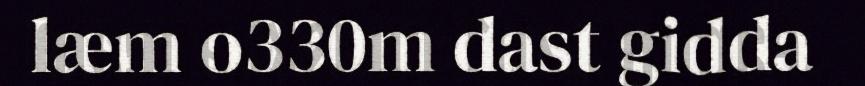
læm o330m dast gidda